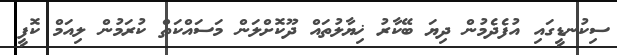
ސިކުނޑީގައި އުފެދެމުން ދިޔަ ބޭކާރު ޚިޔާލުތައް ދޫކޮށްލަން މަސައްކަތް ކުރަމުން ލިއަމް ކޮފީ